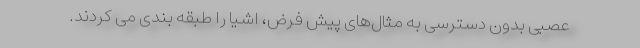
عصبی بدون دسترسی به مثال‌های پیش فرض، اشیا را طبقه بندی می کردند.